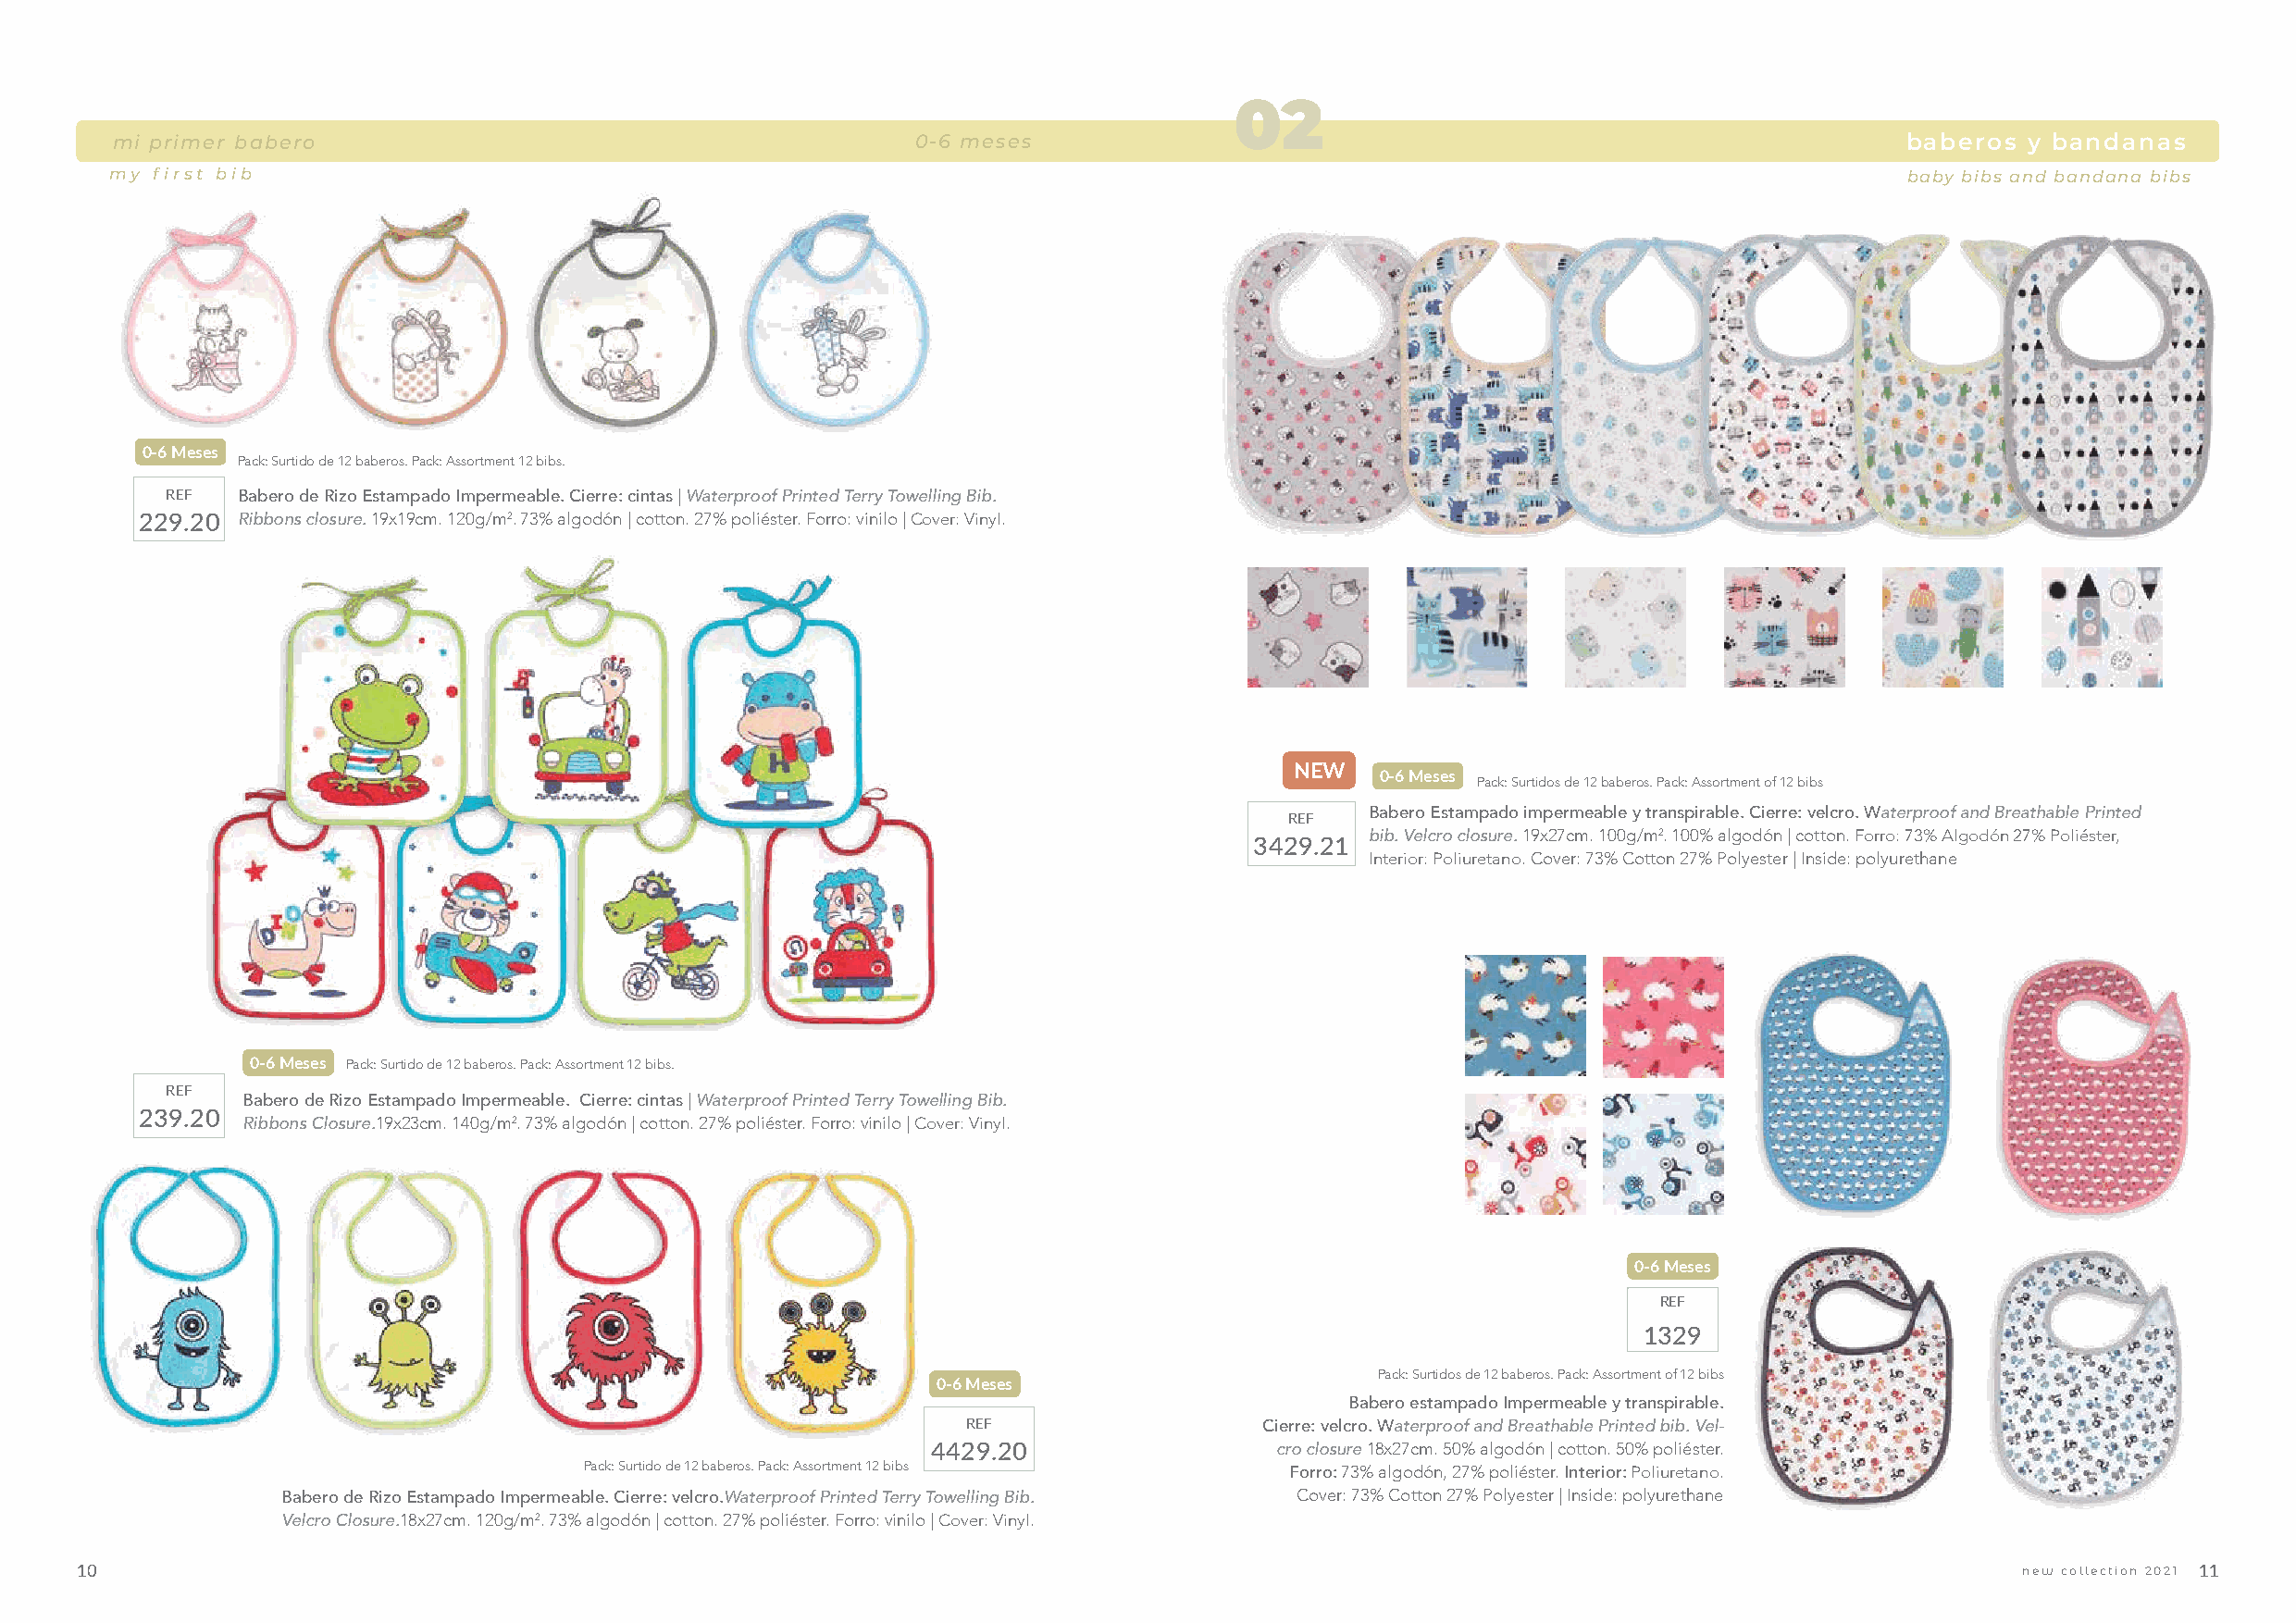
02
 mi primer babero                                         0-6 meses                                                              baberos  y bandanas
 my first bib                                                                                                                    baby bibs and bandana bibs
 0-6 Meses
 Pack: Surtido de 12 baberos. Pack: Assortment 12 bibs.
 REF  Babero de Rizo Estampado Impermeable. Cierre: cintas | Waterproof Printed Terry Towelling Bib.
 229.20 Ribbons closure. 19x19cm. 120g/m2. 73% algodón | cotton. 27% poliéster. Forro: vinilo | Cover: Vinyl.
 NEW
 0-6 Meses Pack: Surtidos de 12 baberos. Pack: Assortment of 12 bibs
 REF   Babero Estampado impermeable y transpirable. Cierre: velcro. Waterproof and Breathable Printed
 bib. Velcro closure. 19x27cm. 100g/m2. 100% algodón | cotton. Forro: 73% Algodón 27% Poliéster,
 3429.21
 Interior: Poliuretano. Cover: 73% Cotton 27% Polyester | Inside: polyurethane
 0-6 Meses Pack: Surtido de 12 baberos. Pack: Assortment 12 bibs.
 REF
 Babero de Rizo Estampado Impermeable. Cierre: cintas | Waterproof Printed Terry Towelling Bib.
 239.20
 Ribbons Closure.19x23cm. 140g/m2. 73% algodón | cotton. 27% poliéster. Forro: vinilo | Cover: Vinyl.
 0-6 Meses
 REF
 1329
 Pack: Surtidos de 12 baberos. Pack: Assortment of 12 bibs
 0-6 Meses
 Babero estampado Impermeable y transpirable.
 REF                  Cierre: velcro. Waterproof and Breathable Printed bib. Vel-
 4429.20                 cro closure 18x27cm. 50% algodón | cotton. 50% poliéster.
 Pack: Surtido de 12 baberos. Pack: Assortment 12 bibs Forro: 73% algodón, 27% poliéster. Interior: Poliuretano.
 Babero de Rizo Estampado Impermeable. Cierre: velcro.Waterproof Printed Terry Towelling Bib. Cover: 73% Cotton 27% Polyester | Inside: polyurethane
 Velcro Closure.18x27cm. 120g/m2. 73% algodón | cotton. 27% poliéster. Forro: vinilo | Cover: Vinyl.
 10                                                                                                                                          new collection 2021 11